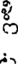
స